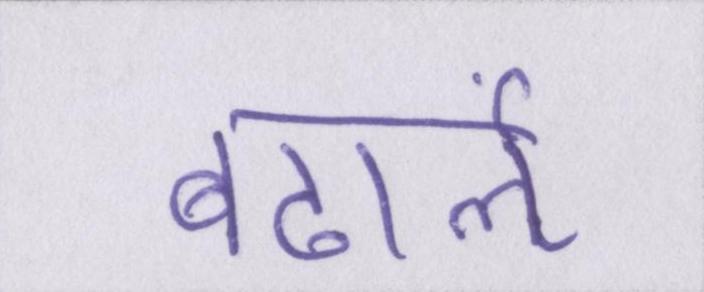
बढार्ऌ